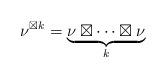
LaTeX: \begin{align*}\nu^{\boxtimes k}=\underbrace{\nu\boxtimes\cdots\boxtimes\nu}_{k}\end{align*}